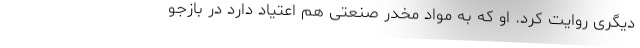
دیگری روایت کرد. او که به مواد مخدر صنعتی هم اعتیاد دارد در بازجو